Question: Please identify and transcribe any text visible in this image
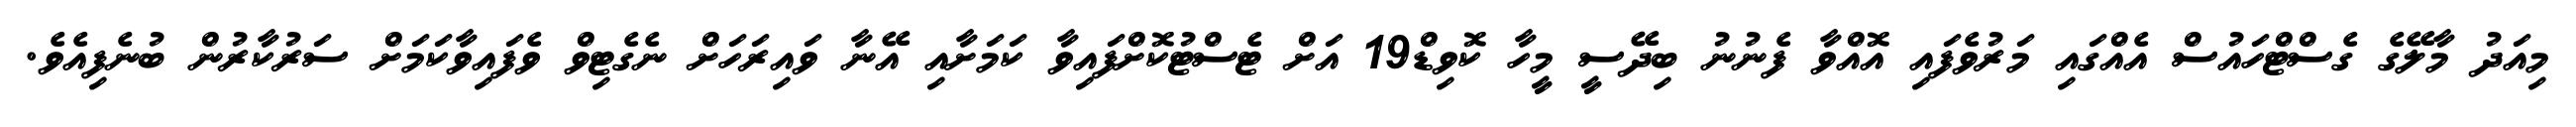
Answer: މިއަދު މާލޭގެ ގެސްޓްހައުސް އެއްގައި މަރުވެފައި އޮއްވާ ފެނުނު ބިދޭސީ މީހާ ކޮވިޑް19 އަށް ޓެސްޓުކޮށްފައިވާ ކަމަށާއި އޭނާ ވައިރަހަށް ނެގެޓިވް ވެފައިވާކަމަށް ސަރުކާރުން ބުނެފިއެވެ.